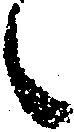
候